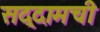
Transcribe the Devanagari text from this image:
सद्दामची